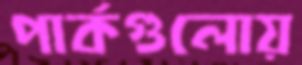
পার্কগুলোয়